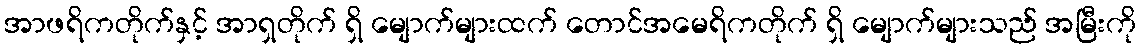
အာဖရိကတိုက်နှင့် အာရှတိုက် ရှိ မျောက်များထက် တောင်အမေရိကတိုက် ရှိ မျောက်များသည် အမြီးကို